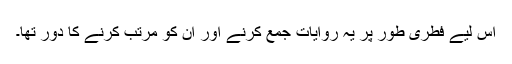
اس لیے فطری طور پر یہ روایات جمع کرنے اور ان کو مرتب کرنے کا دور تھا۔